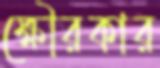
ক্ষৌরকার